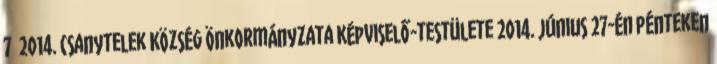
7 2014. Csanytelek Község Önkormányzata Képviselő-testülete 2014. június 27-én pénteken